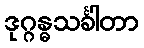
ဒုဂ္ဂန္ဓသင်္ခါတာ